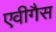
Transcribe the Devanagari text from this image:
एवीगैस